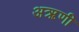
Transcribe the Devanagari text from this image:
अऋणी